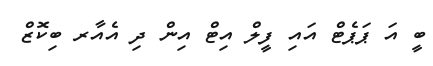
ބީ އަ ޕަޕެޓް އައި ފީލް އިޓް އިން ދި އެއާރ ބިކޮޒް